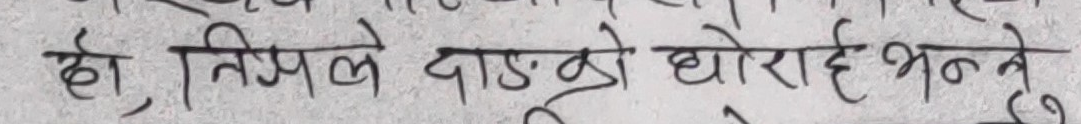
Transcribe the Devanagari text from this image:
हो, तिमले दाड.ऱो घोराई भन्ने